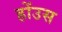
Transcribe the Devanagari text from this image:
होंउस